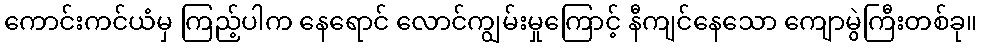
ကောင်းကင်ယံမှ ကြည့်ပါက နေရောင် လောင်ကျွမ်းမှုကြောင့် နီကျင်နေသော ကျောမွဲကြီးတစ်ခု။